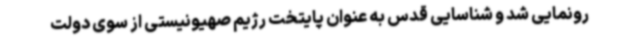
رونمایی شد و شناسایی قدس به عنوان پایتخت رژیم صهیونیستی از سوی دولت